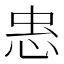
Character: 𭜫